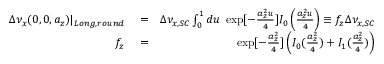
\begin{array} { r l r } { \Delta \nu _ { x } ( 0 , 0 , a _ { z } ) | _ { L o n g , r o u n d } } & { { } = } & { \Delta \nu _ { x , S C } \int _ { 0 } ^ { 1 } d u \; \exp [ - \frac { a _ { z } ^ { 2 } u } { 4 } ] I _ { 0 } \left( \frac { a _ { z } ^ { 2 } u } { 4 } \right) \equiv f _ { z } \Delta \nu _ { x , S C } } \\ { f _ { z } } & { { } = } & { \exp [ - \frac { a _ { z } ^ { 2 } } { 4 } ] \left( I _ { 0 } ( \frac { a _ { z } ^ { 2 } } { 4 } ) + I _ { 1 } ( \frac { a _ { z } ^ { 2 } } { 4 } ) \right) } \end{array}